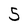
Character: 5